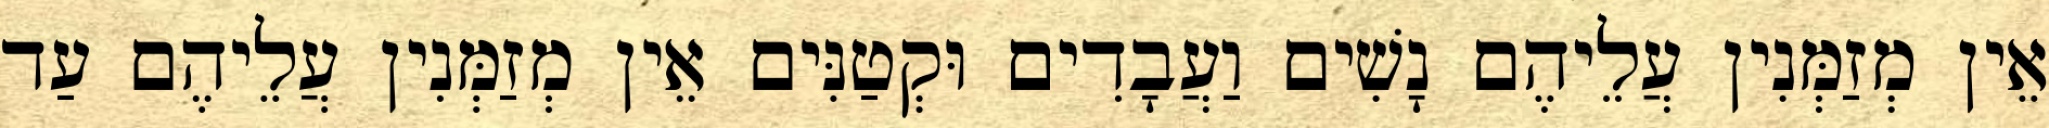
אֵין מְזַמְּנִין עֲלֵיהֶם נָשִׁים וַעֲבָדִים וּקְטַנִּים אֵין מְזַמְּנִין עֲלֵיהֶם עַד